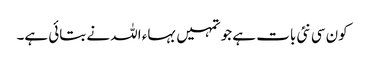
کون سی نئی بات ہے جو تمہیں بہاء اللہ نے بتائی ہے۔